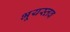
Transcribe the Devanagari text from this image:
भूयस्तव